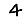
Digit: 4